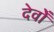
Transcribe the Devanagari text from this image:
देवोँ